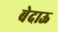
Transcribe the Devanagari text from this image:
बेदाऊ